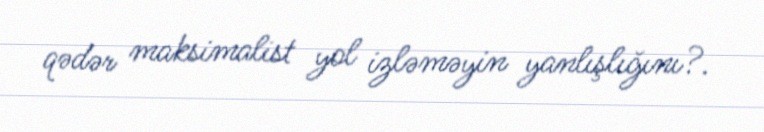
qədər maksimalist yol izləməyin yanlışlığını?.